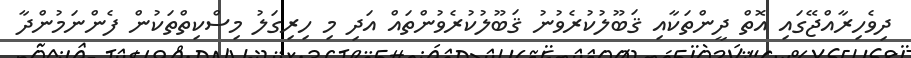
ދިވެހިރާއްޖޭގައި އޮތް ދީންތަކާއި ޤަބޫލުކުރެވުނު ޤަބޫލުކުރެވުންތައް އަދި މި ހިރިގަލު މިސްކިތްތަކުން ފެންނަމުންދާ